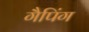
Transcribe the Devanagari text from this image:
गैपिंग